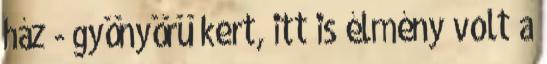
ház - gyönyörü kert, itt is élmény volt a